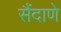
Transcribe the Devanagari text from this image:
सैंदाणे